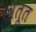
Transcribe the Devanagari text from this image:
खतूत